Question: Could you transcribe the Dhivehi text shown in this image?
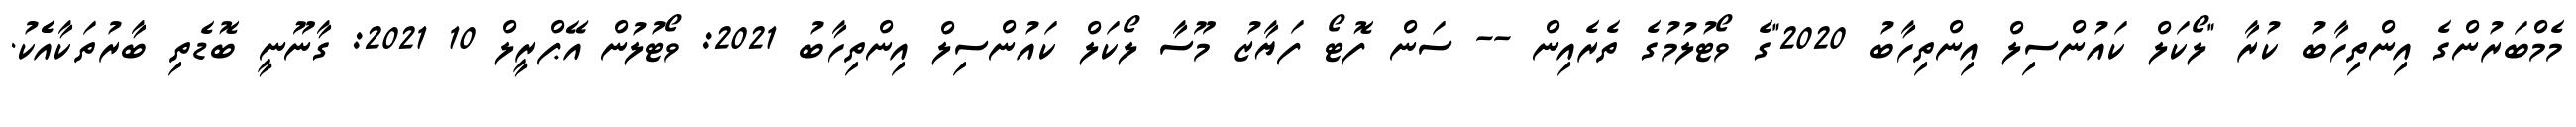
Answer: މެމްބަރުންގެ އިންތިހާބު ކުރާ "ލޯކަލް ކައުންސިލް އިންތިހާބު 2020"ގެ ވޯޓުލުމުގެ ތެރެއިން -- ސަން ފޮޓޯ ފަޔާޒު މޫސާ ލޯކަލް ކައުންސިލް އިންތިހާބު 2021: ވޯޓުލުން އޭޕްރީލް 10 2021: ގާނޫނީ ބޮޑެތި ބާރުތަކާއެެކު.